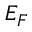
E _ { F }